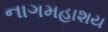
નાગમહાશય